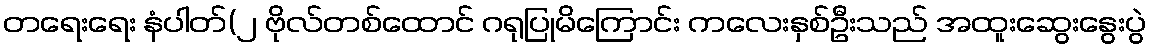
တရေးရေး နံပါတ်(၂ ဗိုလ်တစ်ထောင် ဂရုပြုမိကြောင်း ကလေးနှစ်ဦးသည် အထူးဆွေးနွေးပွဲ